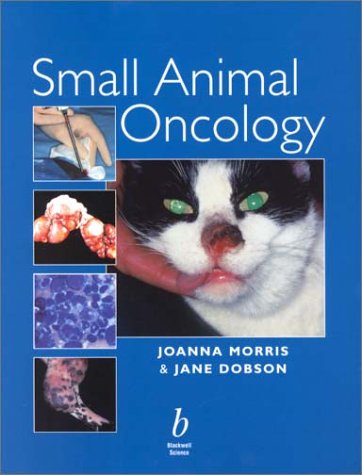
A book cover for Small Animal Oncology; Joanna Morris; Medical Books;